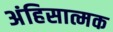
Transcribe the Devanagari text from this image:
अंहिसात्मक